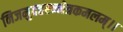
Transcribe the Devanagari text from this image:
निजमुदहरन्नेत्रकमलम्।।